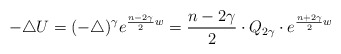
\begin{align*}-\triangle U=(-\triangle)^{\gamma}e^{\frac{n-2\gamma}{2}w}=\frac{n-2\gamma}{2}\cdot Q_{2\gamma}\cdot e^{\frac{n+2\gamma}{2}w}\end{align*}